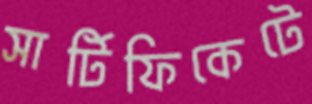
সার্টিফিকেটে